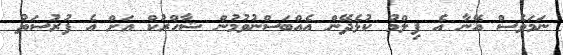
ނަމަވެސް އޭނާ އެ ފިލްމު ކުޅެދޭން އެއްބަސްނުވުމުން ޝާހްރުކް އަށް އެ ފުރުސަތު